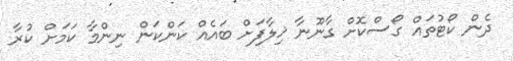
ދެން ކޯޓުތައް ގޯސްކޮށް ގާނޫނާ ޚިލާފަށް ބައެއް ކަންކަން ނިންމާ ކަމަށް ކުރާ